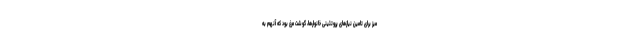
میز برای تامین نیازهای پروتئینی خانوارها، گوشت مرغ بود که آنهم به